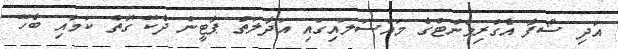
އަދި ސޯފާ އެގްރިމެންޓްގެ މައްސަލައިގައި އަދާލަތު ޕާޓީން ދެކޭ ގޮތް ކަމާއި ބެހޭ